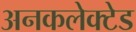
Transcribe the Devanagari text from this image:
अनकलेक्टेड